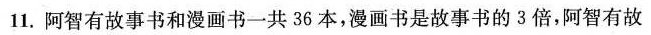
11.阿智有故事书和漫画书-共36本，漫画书是故事书的3倍，阿智有故